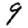
Digit: 9